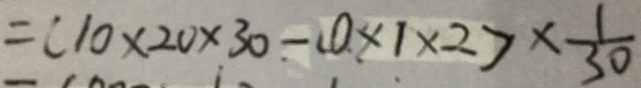
= ( 1 0 \times 2 0 \times 3 0 - 0 \times 1 \times 2 ) \times \frac { 1 } { 3 0 }